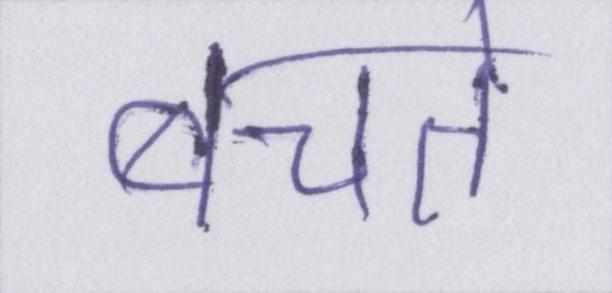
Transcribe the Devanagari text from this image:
बचते